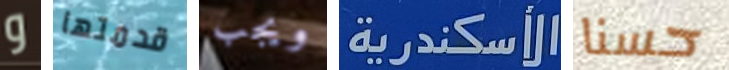
و قدمتها ويجب الأسكندرية حسنا